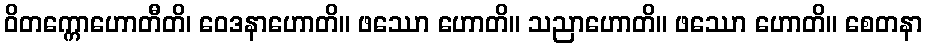
ဝိတက္ကောဟောတီတိ၊ ဝေဒနာဟောတိ။ ဖဿော ဟောတိ။ သညာဟောတိ။ ဖဿော ဟောတိ။ စေတနာ